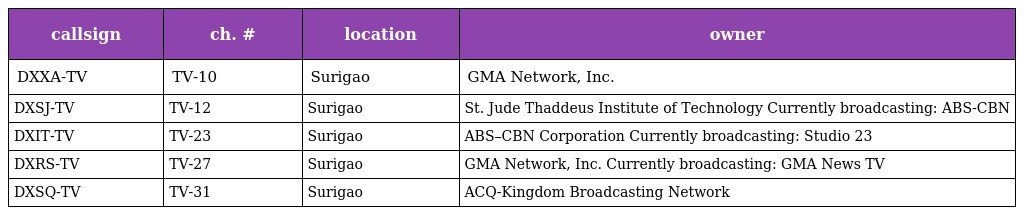
| callsign | ch. # | location | owner |
 | --- | --- | --- | --- |
 | DXXA-TV | TV-10 | Surigao | GMA Network, Inc. |
 | DXSJ-TV | TV-12 | Surigao | St. Jude Thaddeus Institute of Technology Currently broadcasting: ABS-CBN |
 | DXIT-TV | TV-23 | Surigao | ABS–CBN Corporation Currently broadcasting: Studio 23 |
 | DXRS-TV | TV-27 | Surigao | GMA Network, Inc. Currently broadcasting: GMA News TV |
 | DXSQ-TV | TV-31 | Surigao | ACQ-Kingdom Broadcasting Network |